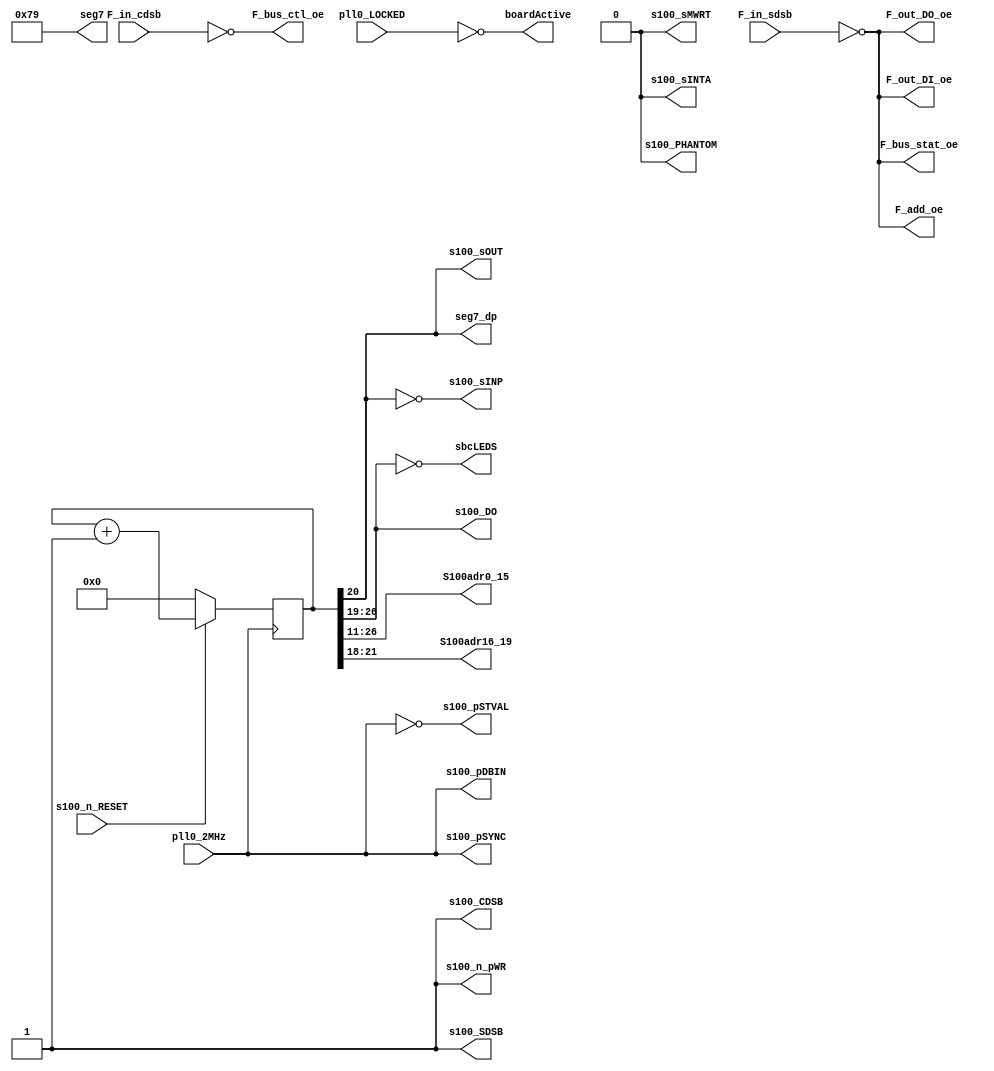
module  T35SBCctrADR_1_top (
    pll0_LOCKED,        // signal shows the PLL is locked
    pll0_2MHz,          // 2MHz PLL out that is "master" clock signal
    s100_n_RESET,       // on board reset push button
    F_in_sdsb,          // FPGA STATUS disable input
    F_in_cdsb,          // FPGA CONTROL disable input
    S100adr0_15,        // The regular 16 address bits
    S100adr16_19,       // These are wires backwards, so
                        // lowest bit is A19, highest is A16
    sbcLEDS,            // The SBC LEDs also show activity
    s100_DO,            // S100 Data OUT bus
    s100_pDBIN,         // S100 pDBIN (proc. Data Bus In signal)
    s100_pSYNC,         // S100 pSYNC (proc. Sync signal)
    s100_pSTVAL,        // S100 pSTVAL (proc. Status Valid)
    s100_n_pWR,         // Active low processor write signal
    s100_sMWRT,         // proc. Status Memory Write signal
    seg7,               // T35 seven-segment display bus
    seg7_dp,            // T35 seven-segment decimal point
                        //   used as a visual "heartbeat"
    boardActive,        // SBC LED to show board is active
    F_add_oe,           // FPGA SBC drivers Address output enable
    F_bus_stat_oe,      // FPGA SBC Status output enable
    F_bus_ctl_oe,       // FPGA SBC Control output enable
    F_out_DO_oe,        // FPGA SBC Data Out output enable
    F_out_DI_oe,        // FPGA SBC Data In output enable
    s100_CDSB,          // FPGA SBC Control DISABLE (S100-18)
    s100_SDSB,          // FPGA SDSB Status and Address DISABLE (S100-19)
    s100_sINTA,
    s100_sOUT,
    s100_sINP,
    s100_PHANTOM);

    input   pll0_LOCKED;        // PLL is locked (good)
    input   pll0_2MHz;          // 2MHz PLL Clock signal
    input   s100_n_RESET;       // onboard active low reset
    input   F_in_sdsb;
    input   F_in_cdsb;

    output  [15:0] S100adr0_15; // S100 Address bus 0:15
    output  [3:0] S100adr16_19; // S100 Address but 16-19
    output  [7:0] sbcLEDS;      // "F_BAR" LEDs on SBC board
    output  [7:0] s100_DO;      // s100 Data OUT bus
    output  s100_pDBIN;             // GPIOT_RXP21
    output  s100_pSYNC;             // GPIOT_RXP20
    output  s100_pSTVAL;            // GPIOT_RXN21
    output  s100_n_pWR;             // GPIOT_RXP20
    output  s100_sMWRT;             // GPIOR_121
    output  [6:0] seg7;             // T35 7-segment output bus
    output  seg7_dp;                // T35 7-segment decimal point
    output  boardActive;            // GPIOT_RXN20
    output  F_add_oe;               // FPGA ADDRESS buffers output enable
    output  F_bus_stat_oe;          // FPGA STATUS buffer output enable
    output  F_bus_ctl_oe;           // FPGA CONTROL buffer output enable
    output  F_out_DO_oe;            // FPGA DATA OUT buffer output enable
    output  F_out_DI_oe;            // FPGA DATA IN buffer enable
    output  s100_CDSB;              // Control Disable to S100 bus
    output  s100_SDSB;              // STATUS Disable to S100 bus
    output  s100_sINTA;             // S100 INTA OUTPUT
    output  s100_sOUT;              // S100 sOUT to flash about one second
    output  s100_sINP;              // S100 sIN flash opposite sOUT
    output  s100_PHANTOM;           // turn OFF Phantom LED
    
wire       n_reset;
reg [26:0]  counter;            // 27-bit counter for A0 to A15

/****************************************************************************
*       SET UP SEVEN SEGMENT DISPLAY                                        *
****************************************************************************/
assign seg7 = 7'b1111001;           // Set T35 7-segment to the number "1"
assign seg7_dp = counter[20];       // blink T35 decimal point roughly 1sec

/****************************************************************************
*       TURN ON SBC S100 BUFFERS                                            *
****************************************************************************/
assign s100_CDSB = 1'b1;                // set the S100 CDSB
assign s100_SDSB = 1'b1;                // set the S100 SDSB and ADSB
assign F_add_oe = !F_in_sdsb;           // Address Bus enable  GPIOB_TXN17
assign F_bus_stat_oe = !F_in_sdsb;      // Status bus enable   GPIOB_TXN19
assign F_bus_ctl_oe = !F_in_cdsb;       // Control bus enable  GPIO_R120
assign F_out_DO_oe = !F_in_sdsb;        // S100 Data OUT bus   GPIOL_114
assign F_out_DI_oe = !F_in_sdsb;        // S100 Data OUT bus   GPIOL_114

/****************************************************************************
*       SET UP THE COUNTER OUTPUTS TO S100 BUS PINS                         *
****************************************************************************/
assign S100adr0_15 = counter[26:11];    // Change to [15:0] for A0=1MHz
assign S100adr16_19 = counter[21:18];   // run Address 16-19 backwards
assign s100_DO = counter[26:19];        // and run Data OUT backwards
assign sbcLEDS = ~(counter[26:19]);     // LEDs active low, complement

/****************************************************************************
*    FAKE VARIOUS S100 SIGNALS FOR BUS DISPLAY                              *
****************************************************************************/
assign n_reset = s100_n_RESET;          // Board and S100 reset in
assign boardActive = !pll0_LOCKED;      // Show that the PLL is locked
assign s100_pDBIN = pll0_2MHz;          // Fake an S100 pDBIN signal
assign s100_pSYNC = pll0_2MHz;          // Fake an S100 pSYNC signal
assign s100_pSTVAL = !pll0_2MHz;        // Fake an S100 pSTVAL signal
assign s100_n_pWR = 1'b1;               // keep processor write high
assign s100_sMWRT = 1'b0;               // keep memory write low
assign s100_sINTA = 1'b0;               // keep processot INTA low
assign s100_sOUT = counter[20];         // Flash the S100 sOUT LED
assign s100_sINP = !counter[20];        // Flash sINP LED opposite sOUT
assign s100_PHANTOM = 1'b0;             // turn OFF PHANTOM LED for now

/****************************************************************************
*       THE COUNTER ITSELF                                                  *
****************************************************************************/
always @(posedge pll0_2MHz)         // at every positive edge of 2MHz PLL out,
    begin
        if(!s100_n_RESET) begin         // if reset set low...
            counter <= 27'b0;           // reset counter to 0
        end                             // end of resetting everything
        else
            counter <= counter + 1;     // just increment counter
                                        // it falls through max back to zero
    end
    
endmodule